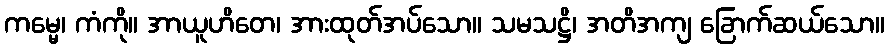
ကမ္မေ၊ ကံကို။ အာယူဟိတေ၊ အားထုတ်အပ်သော။ သမသဋ္ဌိ၊ အတိအကျ ခြောက်ဆယ်သော။